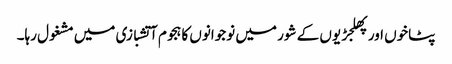
پٹاخوں اور پھلجڑیوں کے شور میں نوجوانوں کا ہجوم آتشبازی میں مشغول رہا۔